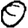
Digit: 0